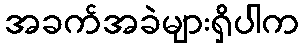
အခက်အခဲများရှိပါက